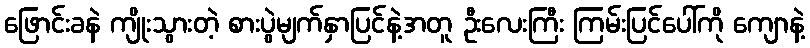
ဖြောင်းခနဲ ကျိုးသွားတဲ့ စားပွဲမျက်နှာပြင်နဲ့အတူ ဦးလေးကြီး ကြမ်းပြင်ပေါ်ကို ကျောနဲ့